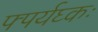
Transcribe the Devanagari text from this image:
फ्पर्यघ्कः